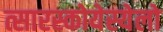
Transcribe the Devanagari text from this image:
त्सारस्कोयेस्येलो